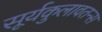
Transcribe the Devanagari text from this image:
सूर्यकुलावतन्स